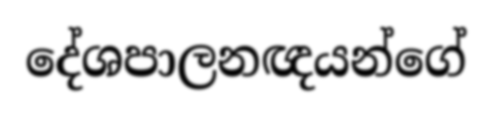
දේශපාලනඥයන්ගේ